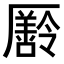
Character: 𠫄